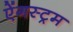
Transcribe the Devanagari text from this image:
ऐंगस्ट्रम